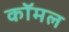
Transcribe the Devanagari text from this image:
कॉमल